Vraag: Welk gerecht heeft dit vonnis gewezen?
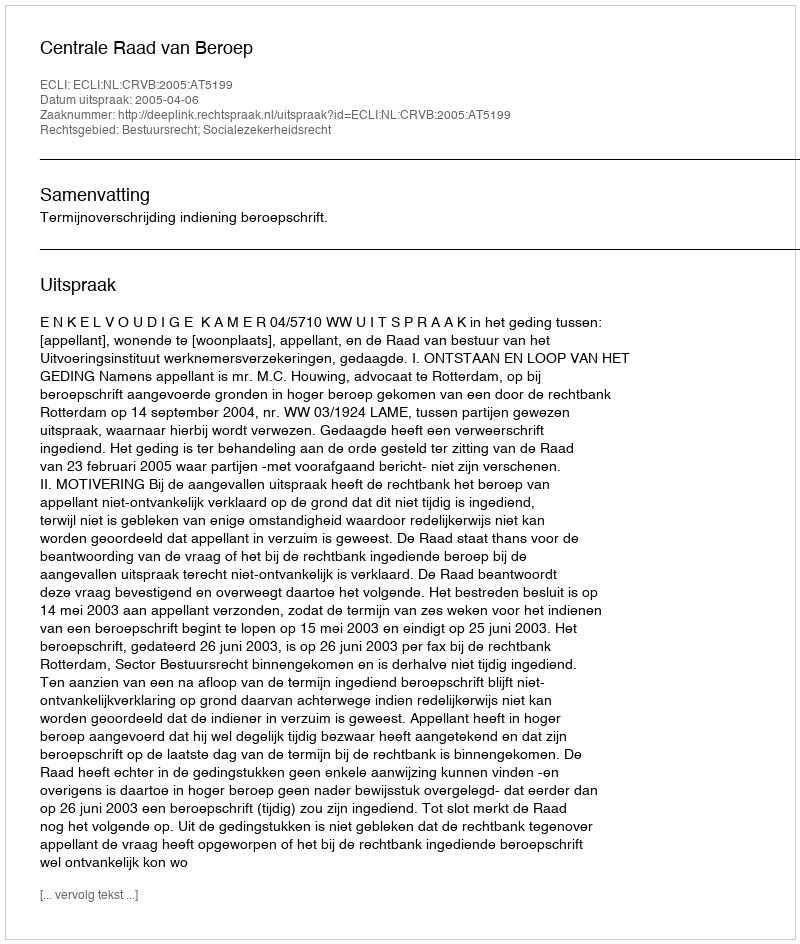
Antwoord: Centrale Raad van Beroep